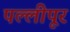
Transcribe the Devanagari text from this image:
पल्लीपूर